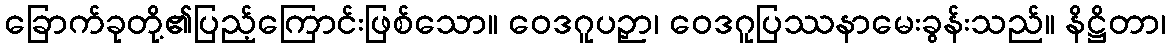
ခြောက်ခုတို့၏ပြည့်ကြောင်းဖြစ်သော။ ဝေဒဂူပဉှာ၊ ဝေဒဂူပြဿနာမေးခွန်းသည်။ နိဋ္ဌိတာ၊